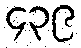
၄၃၉